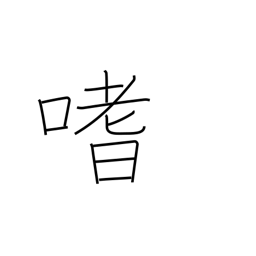
Meaning: like